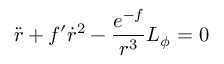
\ddot { r } + f ^ { \prime } \dot { r } ^ { 2 } - \frac { e ^ { - f } } { r ^ { 3 } } L _ { \phi } = 0